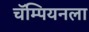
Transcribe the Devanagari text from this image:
चॅम्पियनला